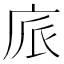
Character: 𢈕